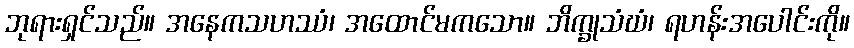
ဘုရားရှင်သည်။ အနေကသဟဿံ၊ အထောင်မကသော။ ဘိက္ခုသံဃံ၊ ရဟန်းအပေါင်းကို။